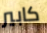
كابير